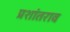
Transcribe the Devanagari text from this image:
प्रशांतराव